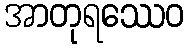
အာတုရဿေဝ